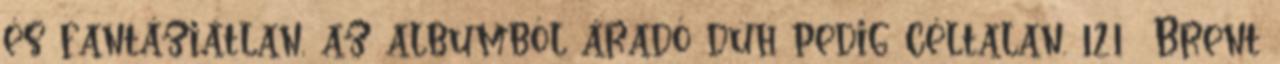
és fantáziátlan, az albumból áradó düh pedig céltalan. 121 Brent